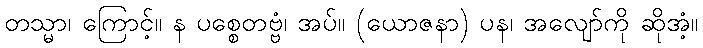
တသ္မာ၊ ကြောင့်။ န ပစ္စေတဗ္ဗံ၊ အပ်။ (ယောဇနာ) ပန၊ အလျော်ကို ဆိုအံ့။